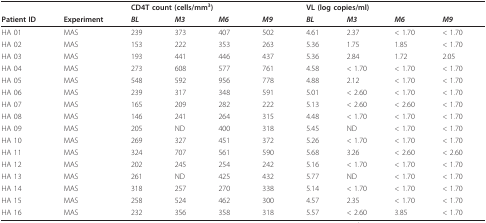
<table><thead><tr><td></td><td></td><td colspan="4"><b>CD4T count (cells/mm<sup>3</sup>)</b></td><td colspan="4"><b>VL (log copies/ml)</b></td></tr><tr><td><b>Patient ID</b></td><td><b>Experiment</b></td><td><b><i>BL</i></b></td><td><b><i>M3</i></b></td><td><b><i>M6</i></b></td><td><b><i>M9</i></b></td><td><b><i>BL</i></b></td><td><b><i>M3</i></b></td><td><b><i>M6</i></b></td><td><b><i>M9</i></b></td></tr></thead><tbody><tr><td>HA 01</td><td>MAS</td><td>239</td><td>373</td><td>407</td><td>502</td><td>4.61</td><td>2.37</td><td>&lt; 1.70</td><td>&lt; 1.70</td></tr><tr><td>HA 02</td><td>MAS</td><td>153</td><td>222</td><td>353</td><td>263</td><td>5.36</td><td>1.75</td><td>1.85</td><td>&lt; 1.70</td></tr><tr><td>HA 03</td><td>MAS</td><td>193</td><td>441</td><td>446</td><td>437</td><td>5.36</td><td>2.84</td><td>1.72</td><td>2.05</td></tr><tr><td>HA 04</td><td>MAS</td><td>273</td><td>608</td><td>577</td><td>761</td><td>4.58</td><td>&lt; 1.70</td><td>&lt; 1.70</td><td>&lt; 1.70</td></tr><tr><td>HA 05</td><td>MAS</td><td>548</td><td>592</td><td>956</td><td>778</td><td>4.88</td><td>2.12</td><td>&lt; 1.70</td><td>&lt; 1.70</td></tr><tr><td>HA 06</td><td>MAS</td><td>239</td><td>317</td><td>348</td><td>591</td><td>5.01</td><td>&lt; 2.60</td><td>&lt; 1.70</td><td>&lt; 1.70</td></tr><tr><td>HA 07</td><td>MAS</td><td>165</td><td>209</td><td>282</td><td>222</td><td>5.13</td><td>&lt; 2.60</td><td>&lt; 2.60</td><td>&lt; 1.70</td></tr><tr><td>HA 08</td><td>MAS</td><td>146</td><td>241</td><td>264</td><td>315</td><td>4.48</td><td>&lt; 1.70</td><td>&lt; 1.70</td><td>&lt; 1.70</td></tr><tr><td>HA 09</td><td>MAS</td><td>205</td><td>ND</td><td>400</td><td>318</td><td>5.45</td><td>ND</td><td>&lt; 1.70</td><td>&lt; 1.70</td></tr><tr><td>HA 10</td><td>MAS</td><td>269</td><td>327</td><td>451</td><td>372</td><td>5.26</td><td>&lt; 1.70</td><td>&lt; 1.70</td><td>&lt; 1.70</td></tr><tr><td>HA 11</td><td>MAS</td><td>324</td><td>707</td><td>561</td><td>590</td><td>5.68</td><td>3.26</td><td>&lt; 2.60</td><td>&lt; 2.60</td></tr><tr><td>HA 12</td><td>MAS</td><td>202</td><td>245</td><td>254</td><td>242</td><td>5.16</td><td>&lt; 1.70</td><td>&lt; 1.70</td><td>&lt; 1.70</td></tr><tr><td>HA 13</td><td>MAS</td><td>261</td><td>ND</td><td>425</td><td>432</td><td>5.77</td><td>ND</td><td>&lt; 1.70</td><td>&lt; 1.70</td></tr><tr><td>HA 14</td><td>MAS</td><td>318</td><td>257</td><td>270</td><td>338</td><td>5.14</td><td>&lt; 1.70</td><td>&lt; 1.70</td><td>&lt; 1.70</td></tr><tr><td>HA 15</td><td>MAS</td><td>258</td><td>524</td><td>462</td><td>300</td><td>4.57</td><td>2.35</td><td>&lt; 1.70</td><td>&lt; 1.70</td></tr><tr><td>HA 16</td><td>MAS</td><td>232</td><td>356</td><td>358</td><td>318</td><td>5.57</td><td>&lt; 2.60</td><td>3.85</td><td>&lt; 1.70</td></tr></tbody></table>